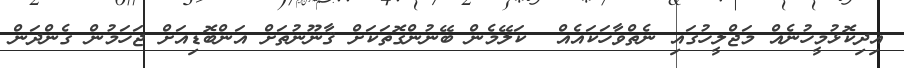
އިދިކޮޅުމީހުނެއް މަޖްލީހުގައި ނެތްވާހަކައެއް  ކަލޭމެން ބޭނުންގޮތަކަށް ޤާނޫނުތަށް އަންބޮޑިއަށް ޖަހަމުން ގެންދަން